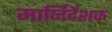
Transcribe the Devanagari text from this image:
मार्निर्देशक